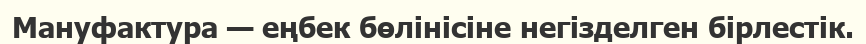
Мануфактура — еңбек бөлінісіне негізделген бірлестік.